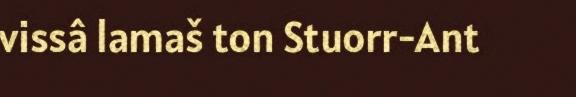
vissâ lamaš ton Stuorr-Ant